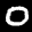
Label: 0